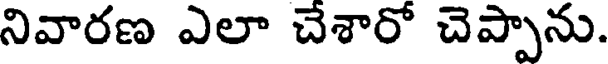
నివారణ ఎలా చేశారో చెప్పాను.